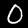
Digit: 0